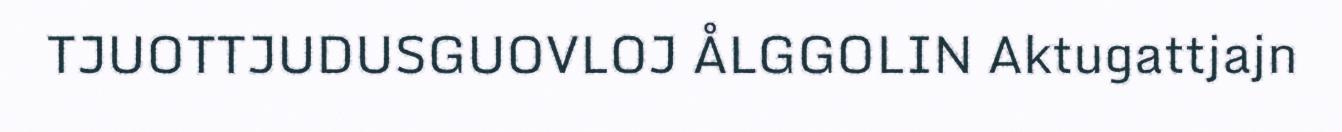
TJUOTTJUDUSGUOVLOJ ÅLGGOLIN Aktugattjajn